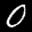
Label: 0